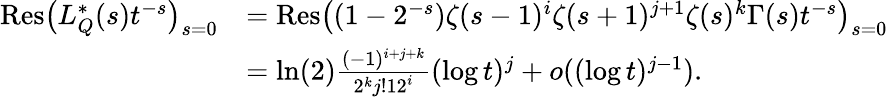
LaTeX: \begin{array}{rl}{{\operatorname{Res}}\big(L_{Q}^{*}(s)t^{-s}\big)_{s=0}}&{={\operatorname{Res}}\big((1-2^{-s})\zeta(s-1)^{i}\zeta(s+1)^{j+1}\zeta(s)^{k}\Gamma(s)t^{-s}\big)_{s=0}}\\ &{=\ln(2)\frac{(-1)^{i+j+k}}{2^{k}j!\! \ 12^{i}}(\log{t})^{j}+o((\log{t})^{j-1}).}\end{array}